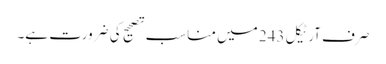
صرف آرٹیکل 243 میں مناسب تصحیح کی ضرورت ہے۔